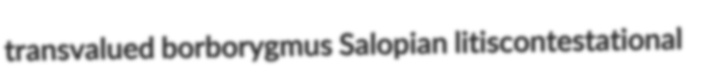
transvalued borborygmus Salopian litiscontestational